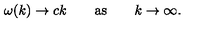
\omega ( k ) \to c k \qquad \mathrm { a s } \qquad k \to \infty .